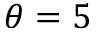
\theta = 5